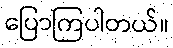
ပြောကြပါတယ်။